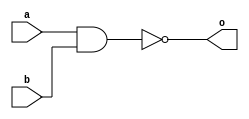
`timescale 1ns/1ns

module nand_gate(
    a,
    b,
    o
    );

input a;
input b;
output o;

assign o = ~(a & b);

endmodule